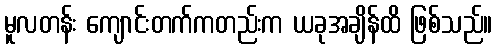
မူလတန်း ကျောင်းတက်ကတည်းက ယခုအချိန်ထိ ဖြစ်သည်။